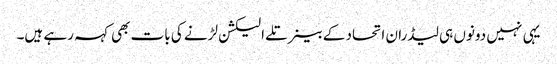
یہی نہیں دونوں ہی لیڈران اتحاد کے بینر تلے الیکشن لڑنے کی بات بھی کہہ رہے ہیں۔